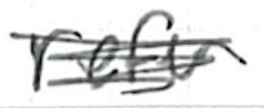
Text: refer
Cross-out: scratch
Writing tool: ballpoint